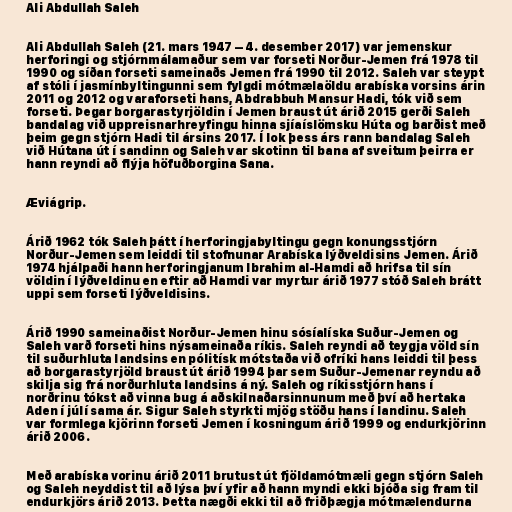
Ali Abdullah Saleh

Ali Abdullah Saleh (21. mars 1947 – 4. desember 2017) var jemenskur
herforingi og stjórnmálamaður sem var forseti Norður-Jemen frá 1978 til
1990 og síðan forseti sameinaðs Jemen frá 1990 til 2012. Saleh var steypt
af stóli í jasmínbyltingunni sem fylgdi mótmælaöldu arabíska vorsins árin
2011 og 2012 og varaforseti hans, Abdrabbuh Mansur Hadi, tók við sem
forseti. Þegar borgarastyrjöldin í Jemen braust út árið 2015 gerði Saleh
bandalag við uppreisnarhreyfingu hinna sjíaíslömsku Húta og barðist með
þeim gegn stjórn Hadi til ársins 2017. Í lok þess árs rann bandalag Saleh
við Hútana út í sandinn og Saleh var skotinn til bana af sveitum þeirra er
hann reyndi að flýja höfuðborgina Sana.

Æviágrip.

Árið 1962 tók Saleh þátt í herforingjabyltingu gegn konungsstjórn
Norður-Jemen sem leiddi til stofnunar Arabíska lýðveldisins Jemen. Árið
1974 hjálpaði hann herforingjanum Ibrahim al-Hamdi að hrifsa til sín
völdin í lýðveldinu en eftir að Hamdi var myrtur árið 1977 stóð Saleh brátt
uppi sem forseti lýðveldisins.

Árið 1990 sameinaðist Norður-Jemen hinu sósíalíska Suður-Jemen og
Saleh varð forseti hins nýsameinaða ríkis. Saleh reyndi að teygja völd sín
til suðurhluta landsins en pólitísk mótstaða við ofríki hans leiddi til þess
að borgarastyrjöld braust út árið 1994 þar sem Suður-Jemenar reyndu að
skilja sig frá norðurhluta landsins á ný. Saleh og ríkisstjórn hans í
norðrinu tókst að vinna bug á aðskilnaðarsinnunum með því að hertaka
Aden í júlí sama ár. Sigur Saleh styrkti mjög stöðu hans í landinu. Saleh
var formlega kjörinn forseti Jemen í kosningum árið 1999 og endurkjörinn
árið 2006.

Með arabíska vorinu árið 2011 brutust út fjöldamótmæli gegn stjórn Saleh
og Saleh neyddist til að lýsa því yfir að hann myndi ekki bjóða sig fram til
endurkjörs árið 2013. Þetta nægði ekki til að friðþægja mótmælendurna